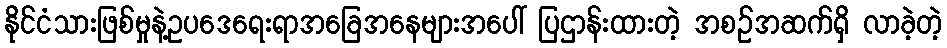
နိုင်ငံသားဖြစ်မှုနဲ့ဥပဒေရေးရာအခြေအနေများအပေါ် ပြဌာန်းထားတဲ့ အစဉ်အဆက်ရှိ လာခဲ့တဲ့